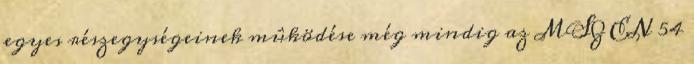
egyes részegységeinek mûködése még mindig az MSZ EN 54